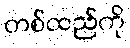
တစ်ထည်ကို